Jaan_Tonisson_(Lasteleht), lk 59
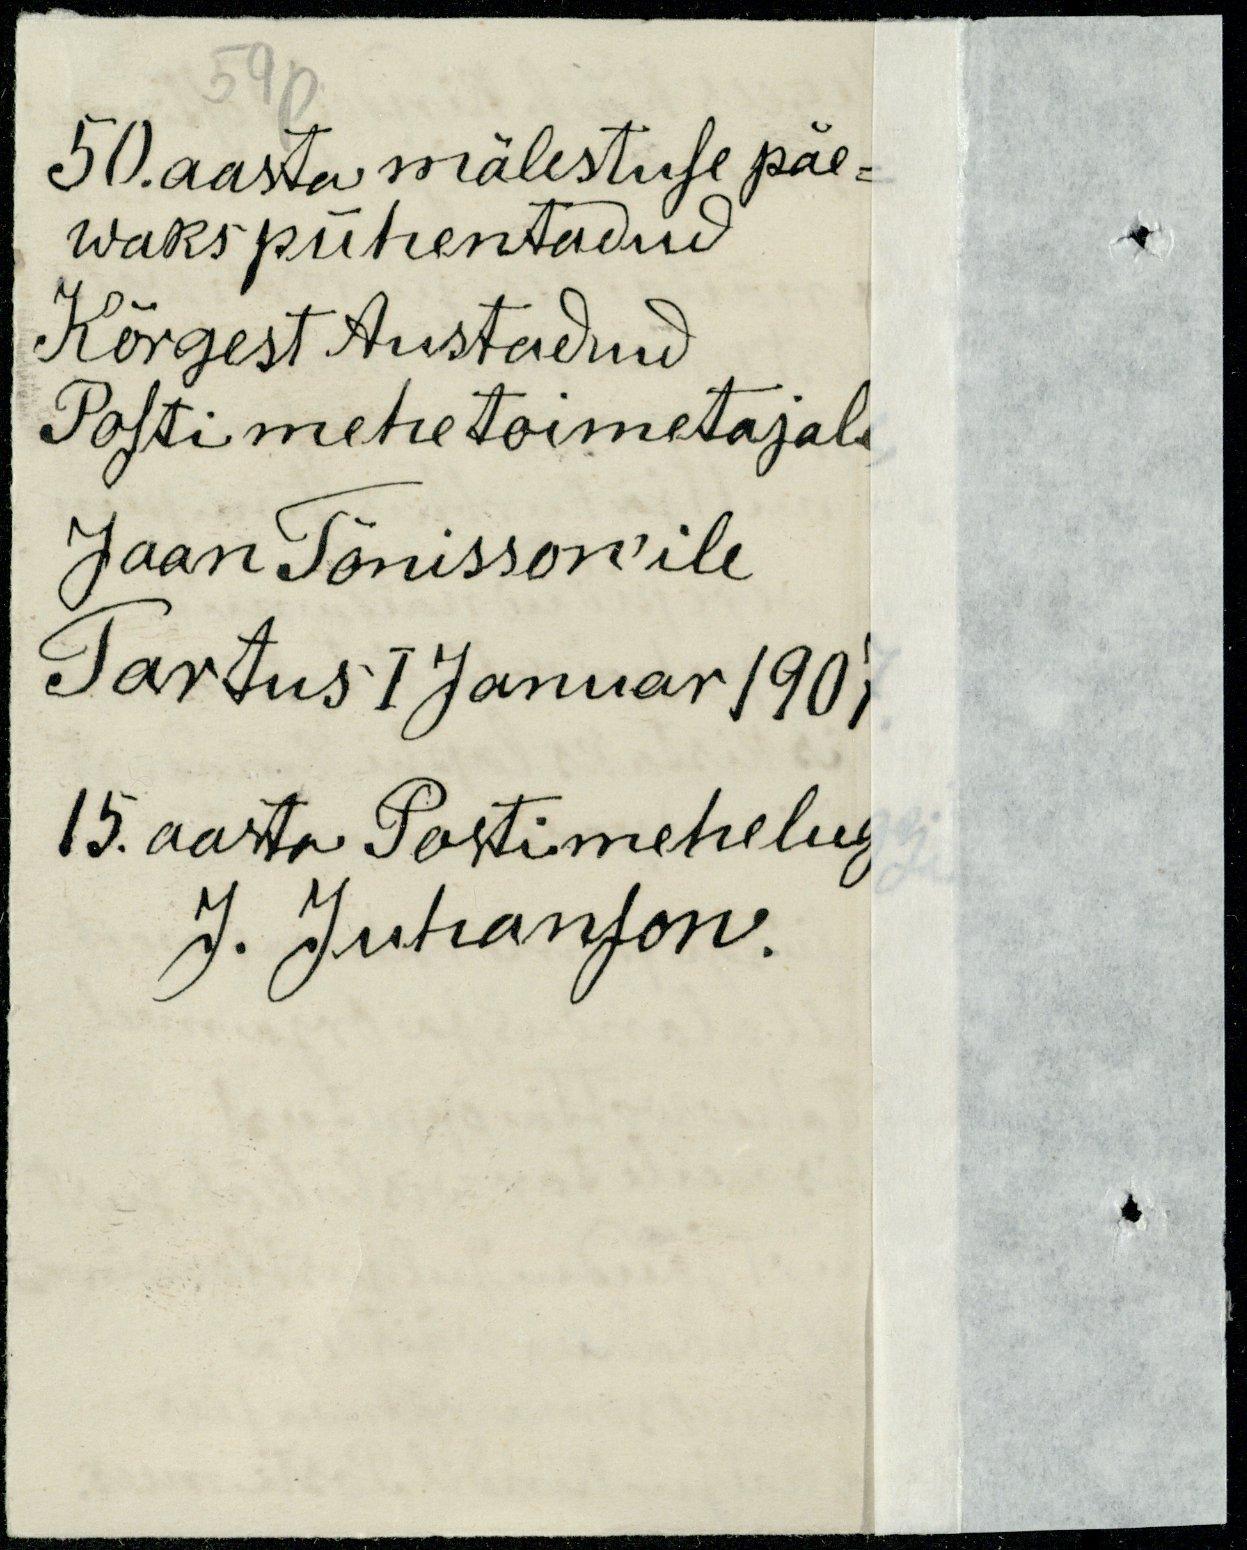
59p
50. aasta mälestuse päe-
waks pühentadud
Kõrgest Austadud
Posti mehe toimetajale
Jaan Tõnisson'ile
Tartus I Januar 1907
15. aasta Postimeheluggi
J. Juhanson.